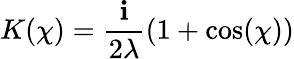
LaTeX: K(\chi)={\frac{\mathbf{i}}{2\lambda}}(1+\cos(\chi))